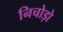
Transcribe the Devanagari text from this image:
निचोड़ो